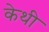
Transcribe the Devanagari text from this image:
केथी